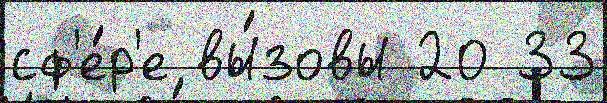
сф'е́р'е вы́зовы 20 33